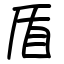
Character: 盾